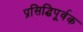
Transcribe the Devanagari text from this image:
प्रसिद्धिपूर्वक